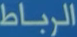
الرباط